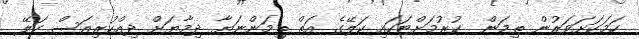
ހަމަކަށަވަރުން ތިމަން  ކުރުމަށްޓަކައި ކަލޭގެ އަތް ތިމަންނަޔާ ދިމާޔަށް ދިއްކުރިއަސް ކަލޭ